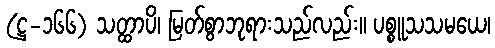
(ဋ္ဌ-၁၆၆) သတ္ထာပိ၊ မြတ်စွာဘုရားသည်လည်း။ ပစ္စူသသမယေ၊